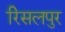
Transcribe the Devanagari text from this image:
रिसलपुर